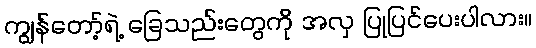
ကျွန်တော့်ရဲ့ ခြေသည်းတွေကို အလှ ပြုပြင်ပေးပါလား။